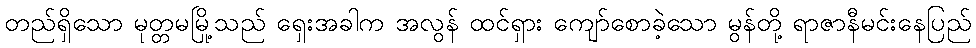
တည်ရှိသော မုတ္တမမြို့သည် ရှေးအခါက အလွန် ထင်ရှား ကျော်စောခဲ့သော မွန်တို့ ရာဇာနီမင်းနေပြည်